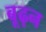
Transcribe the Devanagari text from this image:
बूढ़न